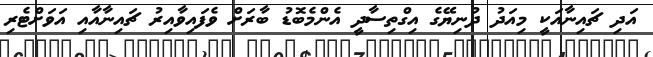
އަދި ޗައިނާއަކީ މިއަދު ދުނިޔޭގެ އިގްތިސާދީ އެންމެބޮޑު ބާރަށް ވެފައިވާއިރު ޗައިނާއާއި އަވަށްޓެރި